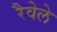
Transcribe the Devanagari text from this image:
रैवेले